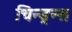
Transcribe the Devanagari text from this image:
चिन्ड्रन्स